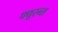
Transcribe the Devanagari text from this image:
फ्यूरन्स